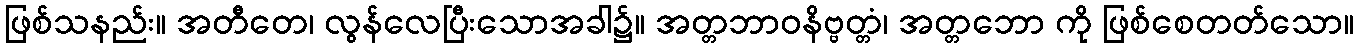
ဖြစ်သနည်း။ အတီတေ၊ လွန်လေပြီးသောအခါ၌။ အတ္တဘာဝနိဗ္ဗတ္တံ၊ အတ္တဘော ကို ဖြစ်စေတတ်သော။